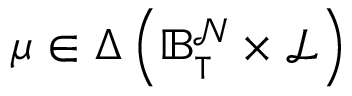
\mu \in \Delta \left( \mathbb { B } _ { \intercal } ^ { \mathcal { N } } \times \mathcal { L } \right)